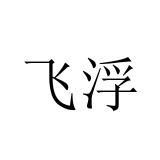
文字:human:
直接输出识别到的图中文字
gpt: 飞浮